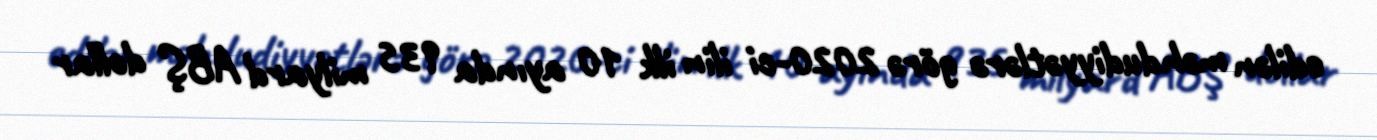
edilən məhdudiyyətlərə görə 2020-ci ilin ilk 10 ayında 935 milyard ABŞ dollar